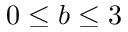
0 \le b \le 3